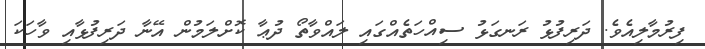
ފިރުމާލިއެވެ. ދަރިފުޅު ރަނގަޅު ސިއްހަތެއްގައި ލައްވާތޯ ދުޢާ ކޮށްލަމުން އޭނާ ދަރިފުޅާއި ވާހަކަ